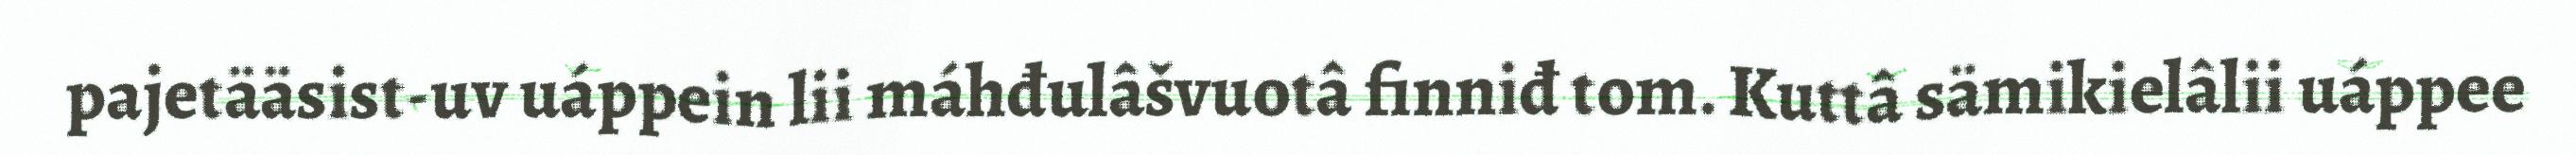
pajetääsist-uv uáppein lii máhđulâšvuotâ finniđ tom. Kuttâ sämikielâlii uáppee